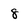
Character: 8